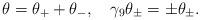
LaTeX: \begin{align*}\theta=\theta_{+}+\theta_{-},\quad\gamma_{9}\theta_{\pm}=\pm \theta_{\pm}.\end{align*}